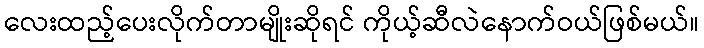
လေးထည့်ပေးလိုက်တာမျိုးဆိုရင် ကိုယ့်ဆီလဲနောက်ဝယ်ဖြစ်မယ်။